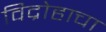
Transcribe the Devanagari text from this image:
विद्रोहाचा